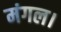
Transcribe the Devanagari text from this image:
मंगल।